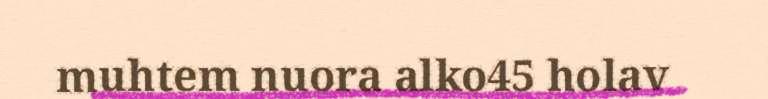
muhtem nuora alko45 holav